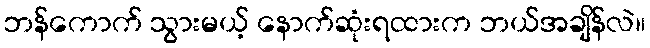
ဘန်ကောက် သွားမယ့် နောက်ဆုံးရထားက ဘယ်အချိန်လဲ။